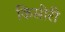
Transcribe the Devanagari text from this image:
किसोरी